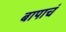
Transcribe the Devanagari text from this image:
बापाचं